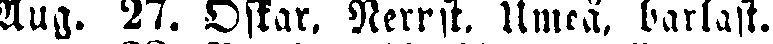
Aug. 27. Ostar. Nerrst. Umeå. barlast.